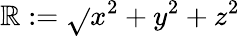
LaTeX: \mathbb{R}:=\sqrt{}{{x^{2}+y^{2}+z^{2}}}